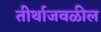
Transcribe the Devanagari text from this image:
तीर्थाजवळील